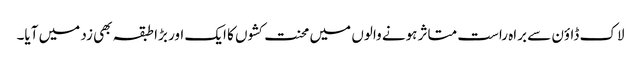
لاک ڈاؤن سے براہ راست متاثر ہونے والوں میں محنت کشوں کا ایک اور بڑا طبقہ بھی زد میں آیا۔